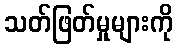
သတ်ဖြတ်မှုများကို